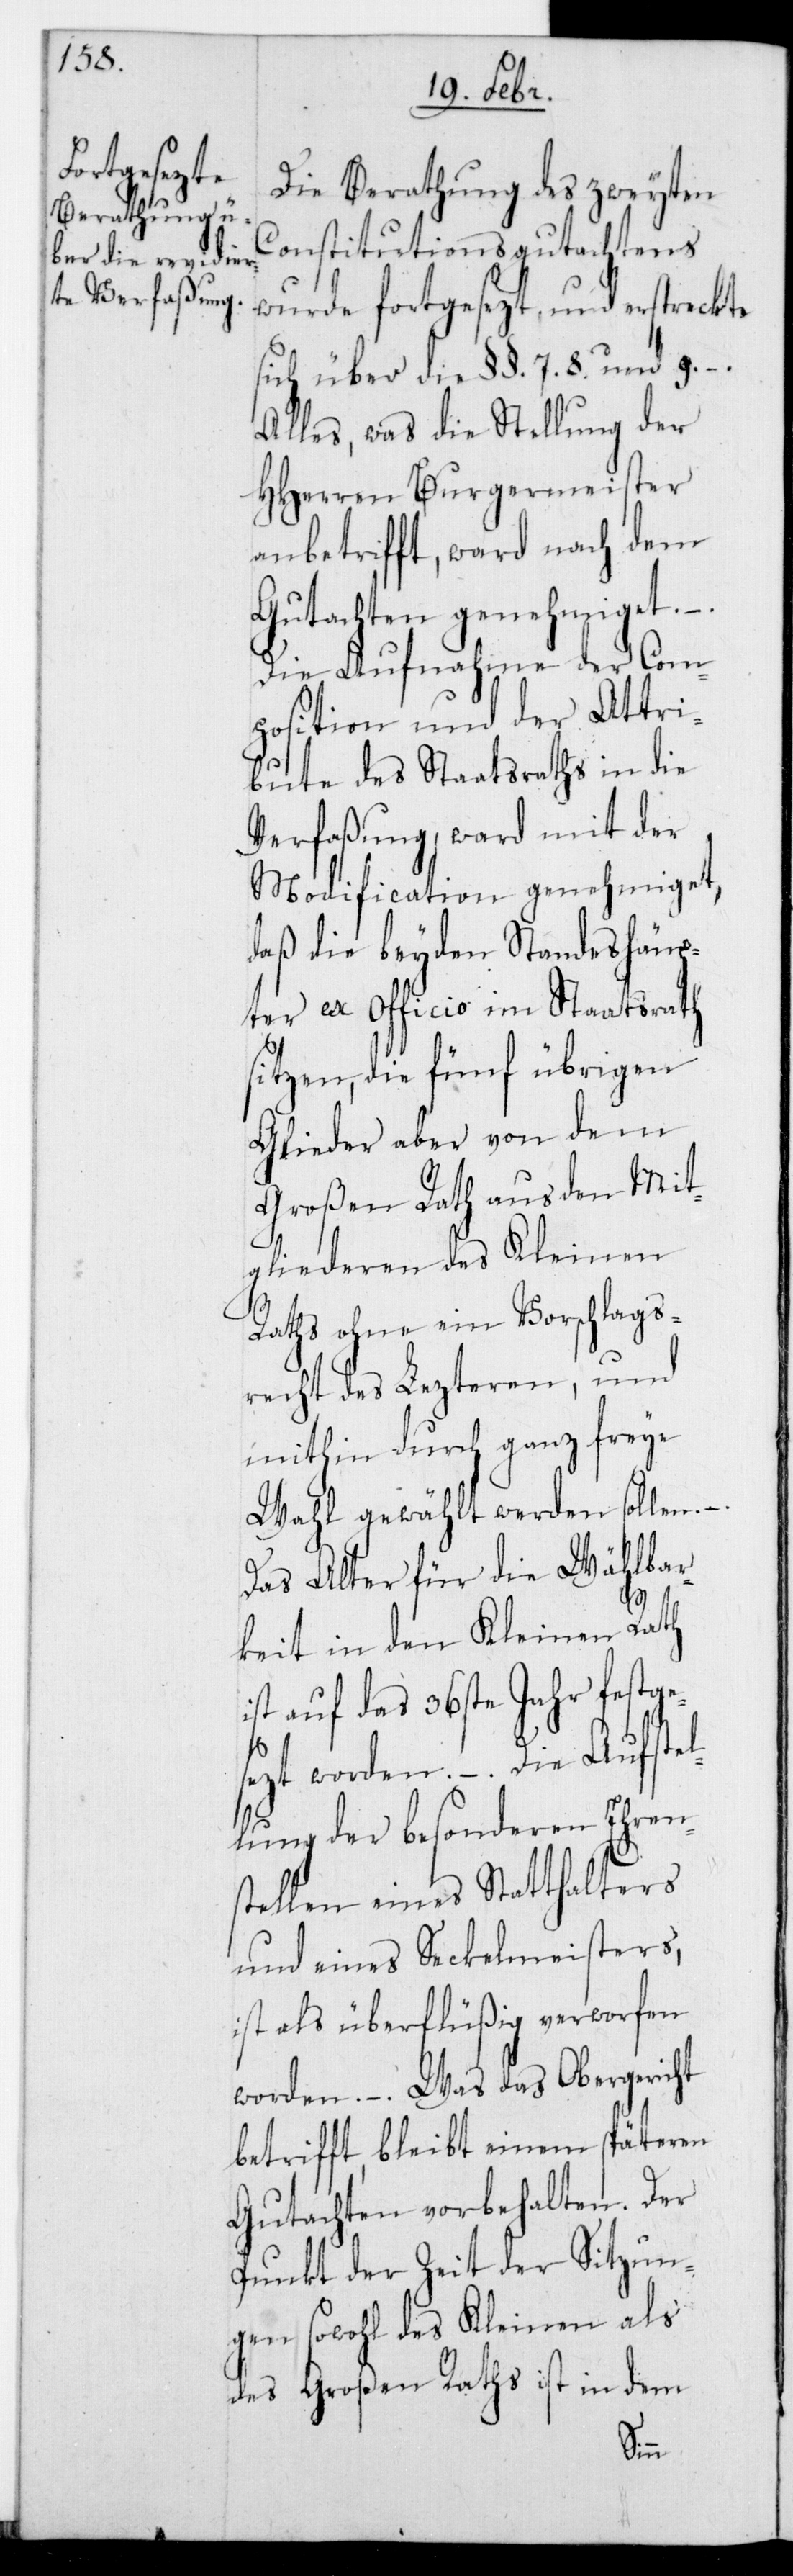
Die Berathung des zweyten
Constitutions-Gutachtens
wurde fortgesezt, und erstreckte
sich über die §§. 7. 8. und 9. –
Alles was die Stellung der
HHerren Burgermeister
anbetrifft, ward nach dem
Gutachten genehmiget.
Die Aufnahme der Com¬
position und der Attri¬
bute des Staatsraths in die
Verfaßung, ward mit der
Modification genehmiget,
daß die beyden Standeshäup¬
ter ex Officio im Staatsrath
sitzen, die fünf übrigen
Glieder aber von dem
Großen Rath aus den Mit¬
gliederen des Kleinen
Raths ohne ein Vorschlags¬
recht des Lezteren, und
mithin durch ganz freie
Wahl gewählt werden sollen.
Das Alter für die Wählbar¬
keit in den Kleinen Rath
ist auf das 36ste Jahr festge¬
sezt worden. – Die Aufstel¬
lung der besonderen Ehren¬
stellen eines Statthalters
und eines Sekelmeisters,
ist als überflüßig verworfen
worden. – Was das Obergericht
betrifft, bleibt einem späteren
Gutachten vorbehalten. Der
Punkt der Zeit der Sitzun¬
gen sowohl des Kleinen als
des Großen Raths ist in dem